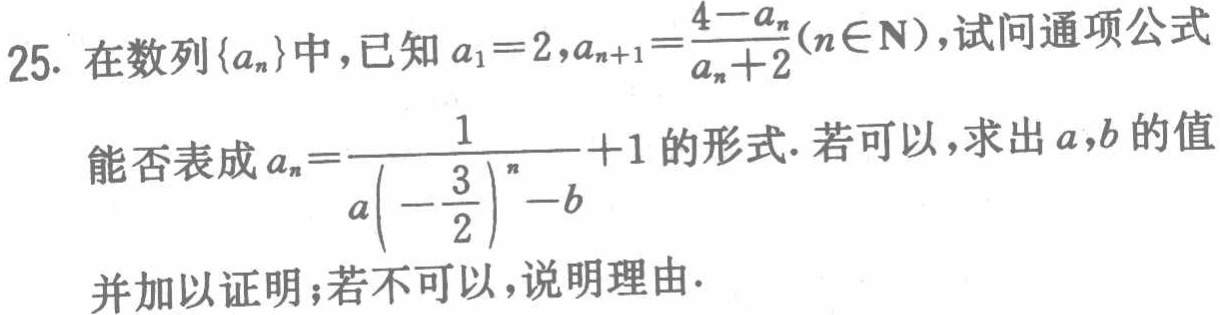
在数列\(\{a_{n}\}\)中，已知\(a_{1}=2,a_{n + 1}=\frac{4 - a_{n}}{a_{n}+2}(n\in N)\)，试问通项公式能否表成\(a_{n}=\frac{1}{a(-\frac{3}{2})^{n}-b}+1\)的形式. 若可以，求出\(a,b\)的值并加以证明；若不可以，说明理由.